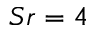
S r = 4